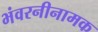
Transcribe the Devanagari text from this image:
भंवरनीनामक